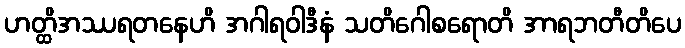
ဟတ္ထိအဿရတနေဟိ အဂါရဝါဒီနံ သတိဂေါစရောတိ အာရဘတီတိပေ